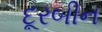
દૂરબીન